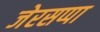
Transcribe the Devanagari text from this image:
जेरसप्पा